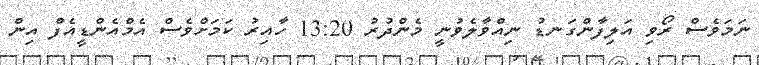
ނަމަވެސް ރޯވި އަލިފާންގަނޑު ނިއްވާލެވުނީ މެންދުރު 13:20 ހާއިރު ކަމަށްވެސް އެމްއެންޑީއެފް އިން